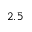
2 . 5